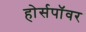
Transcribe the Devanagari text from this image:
होर्सपॉवर